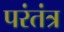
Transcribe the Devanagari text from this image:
परंतंत्र